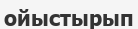
ойыстырып